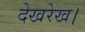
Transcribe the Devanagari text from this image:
देखरेख।